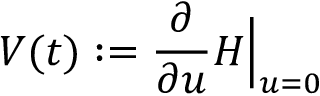
V ( t ) : = \frac { \partial } { \partial u } H \Bigr | _ { u = 0 }